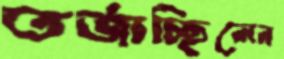
তর্জাচ্ছিলেন